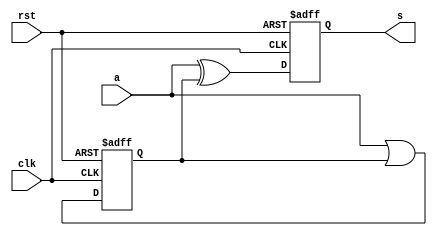
module TCMP(clk, rst, a, s);
    input clk, rst;
    input a;
    output reg s;

    reg z;

    always @(posedge clk or posedge rst) begin
        if (rst) begin
            //Reset logic goes here.
            s <= 1'b0;
            z <= 1'b0;
        end
        else begin
            //Sequential logic goes here.
            z <= a | z;
            s <= a ^ z;
        end
    end
endmodule

module CSADD(clk, rst, x, y, sum);
    input clk, rst;
    input x, y;
    output reg sum;

    reg sc;

    // Half Adders logic
    wire hsum1, hco1;
    assign hsum1 = y ^ sc;
    assign hco1 = y & sc;

    wire hsum2, hco2;
    assign hsum2 = x ^ hsum1;
    assign hco2 = x & hsum1;

    always @(posedge clk or posedge rst) begin
        if (rst) begin
            //Reset logic goes here.
            sum <= 1'b0;
            sc <= 1'b0;
        end
        else begin
            //Sequential logic goes here.
            sum <= hsum2;
            sc <= hco1 ^ hco2;
        end
    end
endmodule

module SPM(clk, rst, x, y, p);
    parameter size = 32;
    input clk, rst;
    input y;
    input[size-1:0] x;
    output p;

    wire[size-1:1] pp;
    wire[size-1:0] xy;

    genvar i;

    CSADD csa0 (.clk(clk), .rst(rst), .x(x[0]&y), .y(pp[1]), .sum(p));
    generate for(i=1; i<size-1; i=i+1) begin
        CSADD csa (.clk(clk), .rst(rst), .x(x[i]&y), .y(pp[i+1]), .sum(pp[i]));
    end endgenerate
    TCMP tcmp (.clk(clk), .rst(rst), .a(x[size-1]&y), .s(pp[size-1]));

endmodule

/*

module SPM_tb;

	//Inputs
	reg clk;
	reg rst;
	reg [7: 0] x;

    reg[7:0] Y;
    reg[15:0] P;

	//Outputs
	wire p;

    reg[3:0] cnt;

	//Instantiation of Unit Under Test
	SPM #(8) uut (
		.clk(clk),
		.rst(rst),
		.y(Y[0]),
		.x(x),
		.p(p)
	);

    always #5 clk = ~clk;

    always @ (posedge clk)
        if(rst) Y = -50;
        else Y <= {1'b0,Y[7:1]};

    always @ (posedge clk)
        if(rst) P = 0;
        else P <= {p, P[15:1]};

	always @ (posedge clk)
        if(rst) cnt = 0;
        else cnt <= cnt + 1;

	initial begin
	//Inputs initialization
		clk = 0;
		rst = 0;
		x = 50;

	//Reset
		#20 rst = 1;
		#20 rst = 0;
        #1000;
        $finish;
	end

endmodule
*/